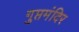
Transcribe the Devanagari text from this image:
गुप्तमंदिर